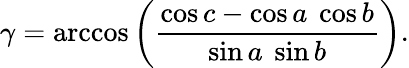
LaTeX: \gamma=\operatorname{arccos}\left({\frac{\cos c-\cos a\ \cos b}{\sin a\ \sin b}}\right).